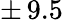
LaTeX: \pm\, 9.5